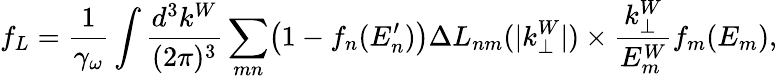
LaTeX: f_{L}=\frac{1}{\gamma_{\omega}}\int{\frac{d^{3}k^{W}}{(2\pi)^{3}}}\sum_{mn}\bigl(1-f_{n}(E_{n}^{\prime})\bigr)\Delta L_{nm}(|k_{\perp}^{W}|)\times\frac{k_{\perp}^{W}}{E_{m}^{W}}f_{m}(E_{m}),